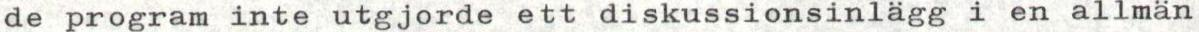
de program inte utgjorde ett diskussionsinlägg i en allmän